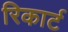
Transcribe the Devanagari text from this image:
रिकार्ट